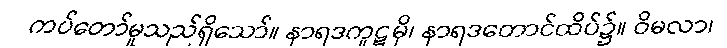
ကပ်တော်မူသည်ရှိသော်။ နာရဒကူဋမှိ၊ နာရဒတောင်ထိပ်၌။ ဝိမလာ၊